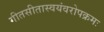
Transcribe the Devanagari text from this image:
गीतसीतास्वयंवरोपक्रमः